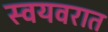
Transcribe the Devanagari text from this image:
स्वयवरात